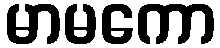
မာမကော